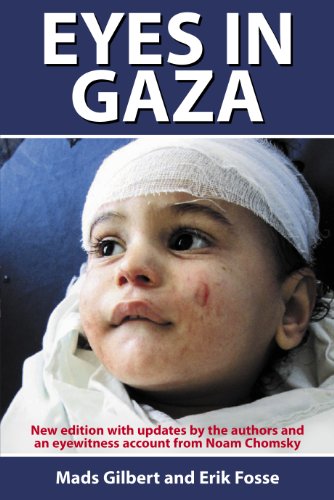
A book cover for Eyes in Gaza; Mads Gilbert; Biographies & Memoirs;